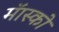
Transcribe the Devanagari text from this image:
मॅास्को